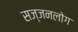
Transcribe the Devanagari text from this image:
सज्जनलोग